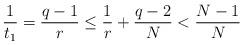
LaTeX: \begin{align*}\frac{1}{t_1} = \frac{q-1}{r} \le \frac{1}{r}+\frac{q-2}{N} < \frac{N-1}N\end{align*}